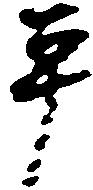
平